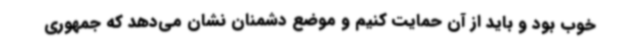
خوب بود و باید از آن حمایت کنیم و موضع دشمنان نشان می‌دهد که جمهوری